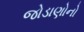
જોડાણોનો